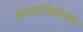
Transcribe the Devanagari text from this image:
संस्थानिकाला